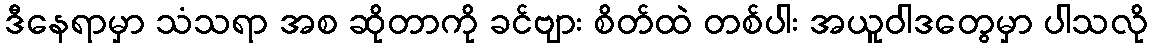
ဒီနေရာမှာ သံသရာ အစ ဆိုတာကို ခင်ဗျား စိတ်ထဲ တစ်ပါး အယူဝါဒတွေမှာ ပါသလို